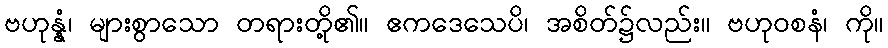
ဗဟုန္နံ၊ များစွာသော တရားတို့၏။ ဧကဒေသေပိ၊ အစိတ်၌လည်း။ ဗဟုဝစနံ၊ ကို။